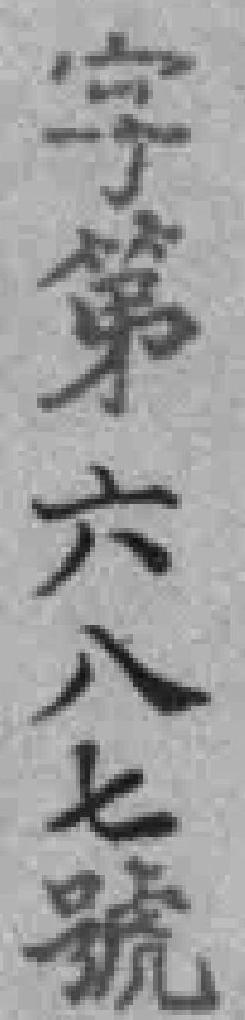
字第六八七號